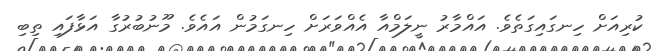
ކުރިއަށް ހިނގައިގަތެވެ. އައްމާރު ނީލަމްއާ އެއްވަރަށް ހިނގަމުން އައެވެ. މޫނުބުރުގާ އަޅާފައި ތިބި